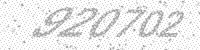
Solution: 920702